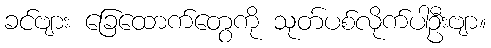
ခင်ဗျား ခြေထောက်တွေကို သုတ်ပစ်လိုက်ပါဦးဗျာ။